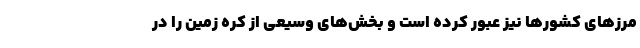
مرزهای کشورها نیز عبور کرده است و بخش‌های وسیعی از کره زمین را در